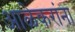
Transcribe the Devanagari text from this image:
आळेकरांना